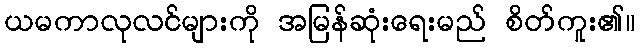
ယမကာလုလင်များကို အမြန်ဆုံးရေးမည် စိတ်ကူး၏။